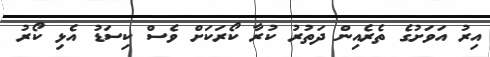
އިރު އަވަށުގެ ތެރެއިން ދަތުރު ކުރާ ކޯރަކަށް ވެސް ކިސަޑު އެޅި ކޯރު